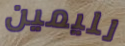
لليمين